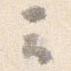
云